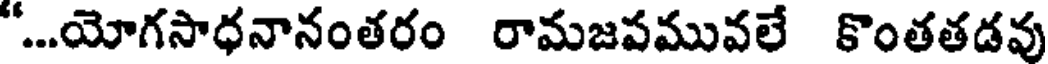
"...యోగసాధనానంతరం రామజపమువలే కొంతతడవు